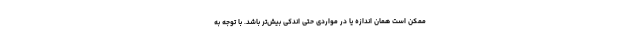
ممکن است همان اندازه یا در مواردی حتی اندکی بیش‌تر باشد. با توجه به